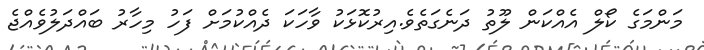
މަންމަގެ ކޯލް އެއްކަން ލޫތު ދަނެގަތެވެ.އިރުކޮޅަކު ވާހަކަ ދެއްކުމަށް ފަހު މިހާރު ބައްދަލުވެއްޖެ